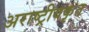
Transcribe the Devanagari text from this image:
अराष्ट्रीयकृत